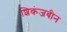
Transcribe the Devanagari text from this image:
शिकंजबीन